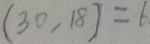
( 3 0 , 1 8 ) = 6